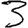
Digit: 3